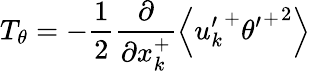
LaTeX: T_{\theta}=-\frac{1}{2}\frac{\partial}{\partial x_{k}^{+}}\left<{u_{k}^{\prime}}^{+}{{\theta^{\prime}}^{+}}^{2}\right>